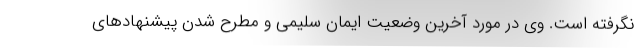
نگرفته است. وی در مورد آخرین وضعیت ایمان سلیمی و مطرح شدن پیشنهاد‌های